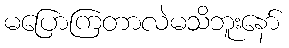
မပြောကြတာလဲမသိဘူးနော်